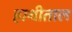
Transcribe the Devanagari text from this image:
हाथीताल